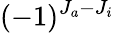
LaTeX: (-1)^{J_{a}-J_{i}}